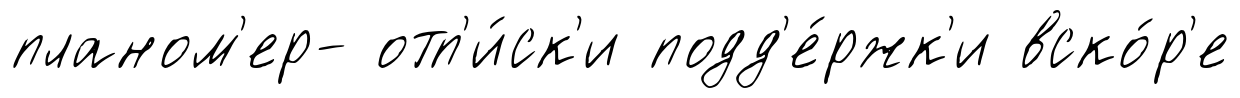
планом'ер- отп'и́ск'и подд'е́ржк'и вско́р'е